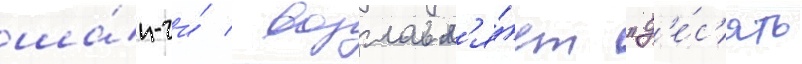
ша́н-чи́ / возглавл'я́ет "д'е́с'ять